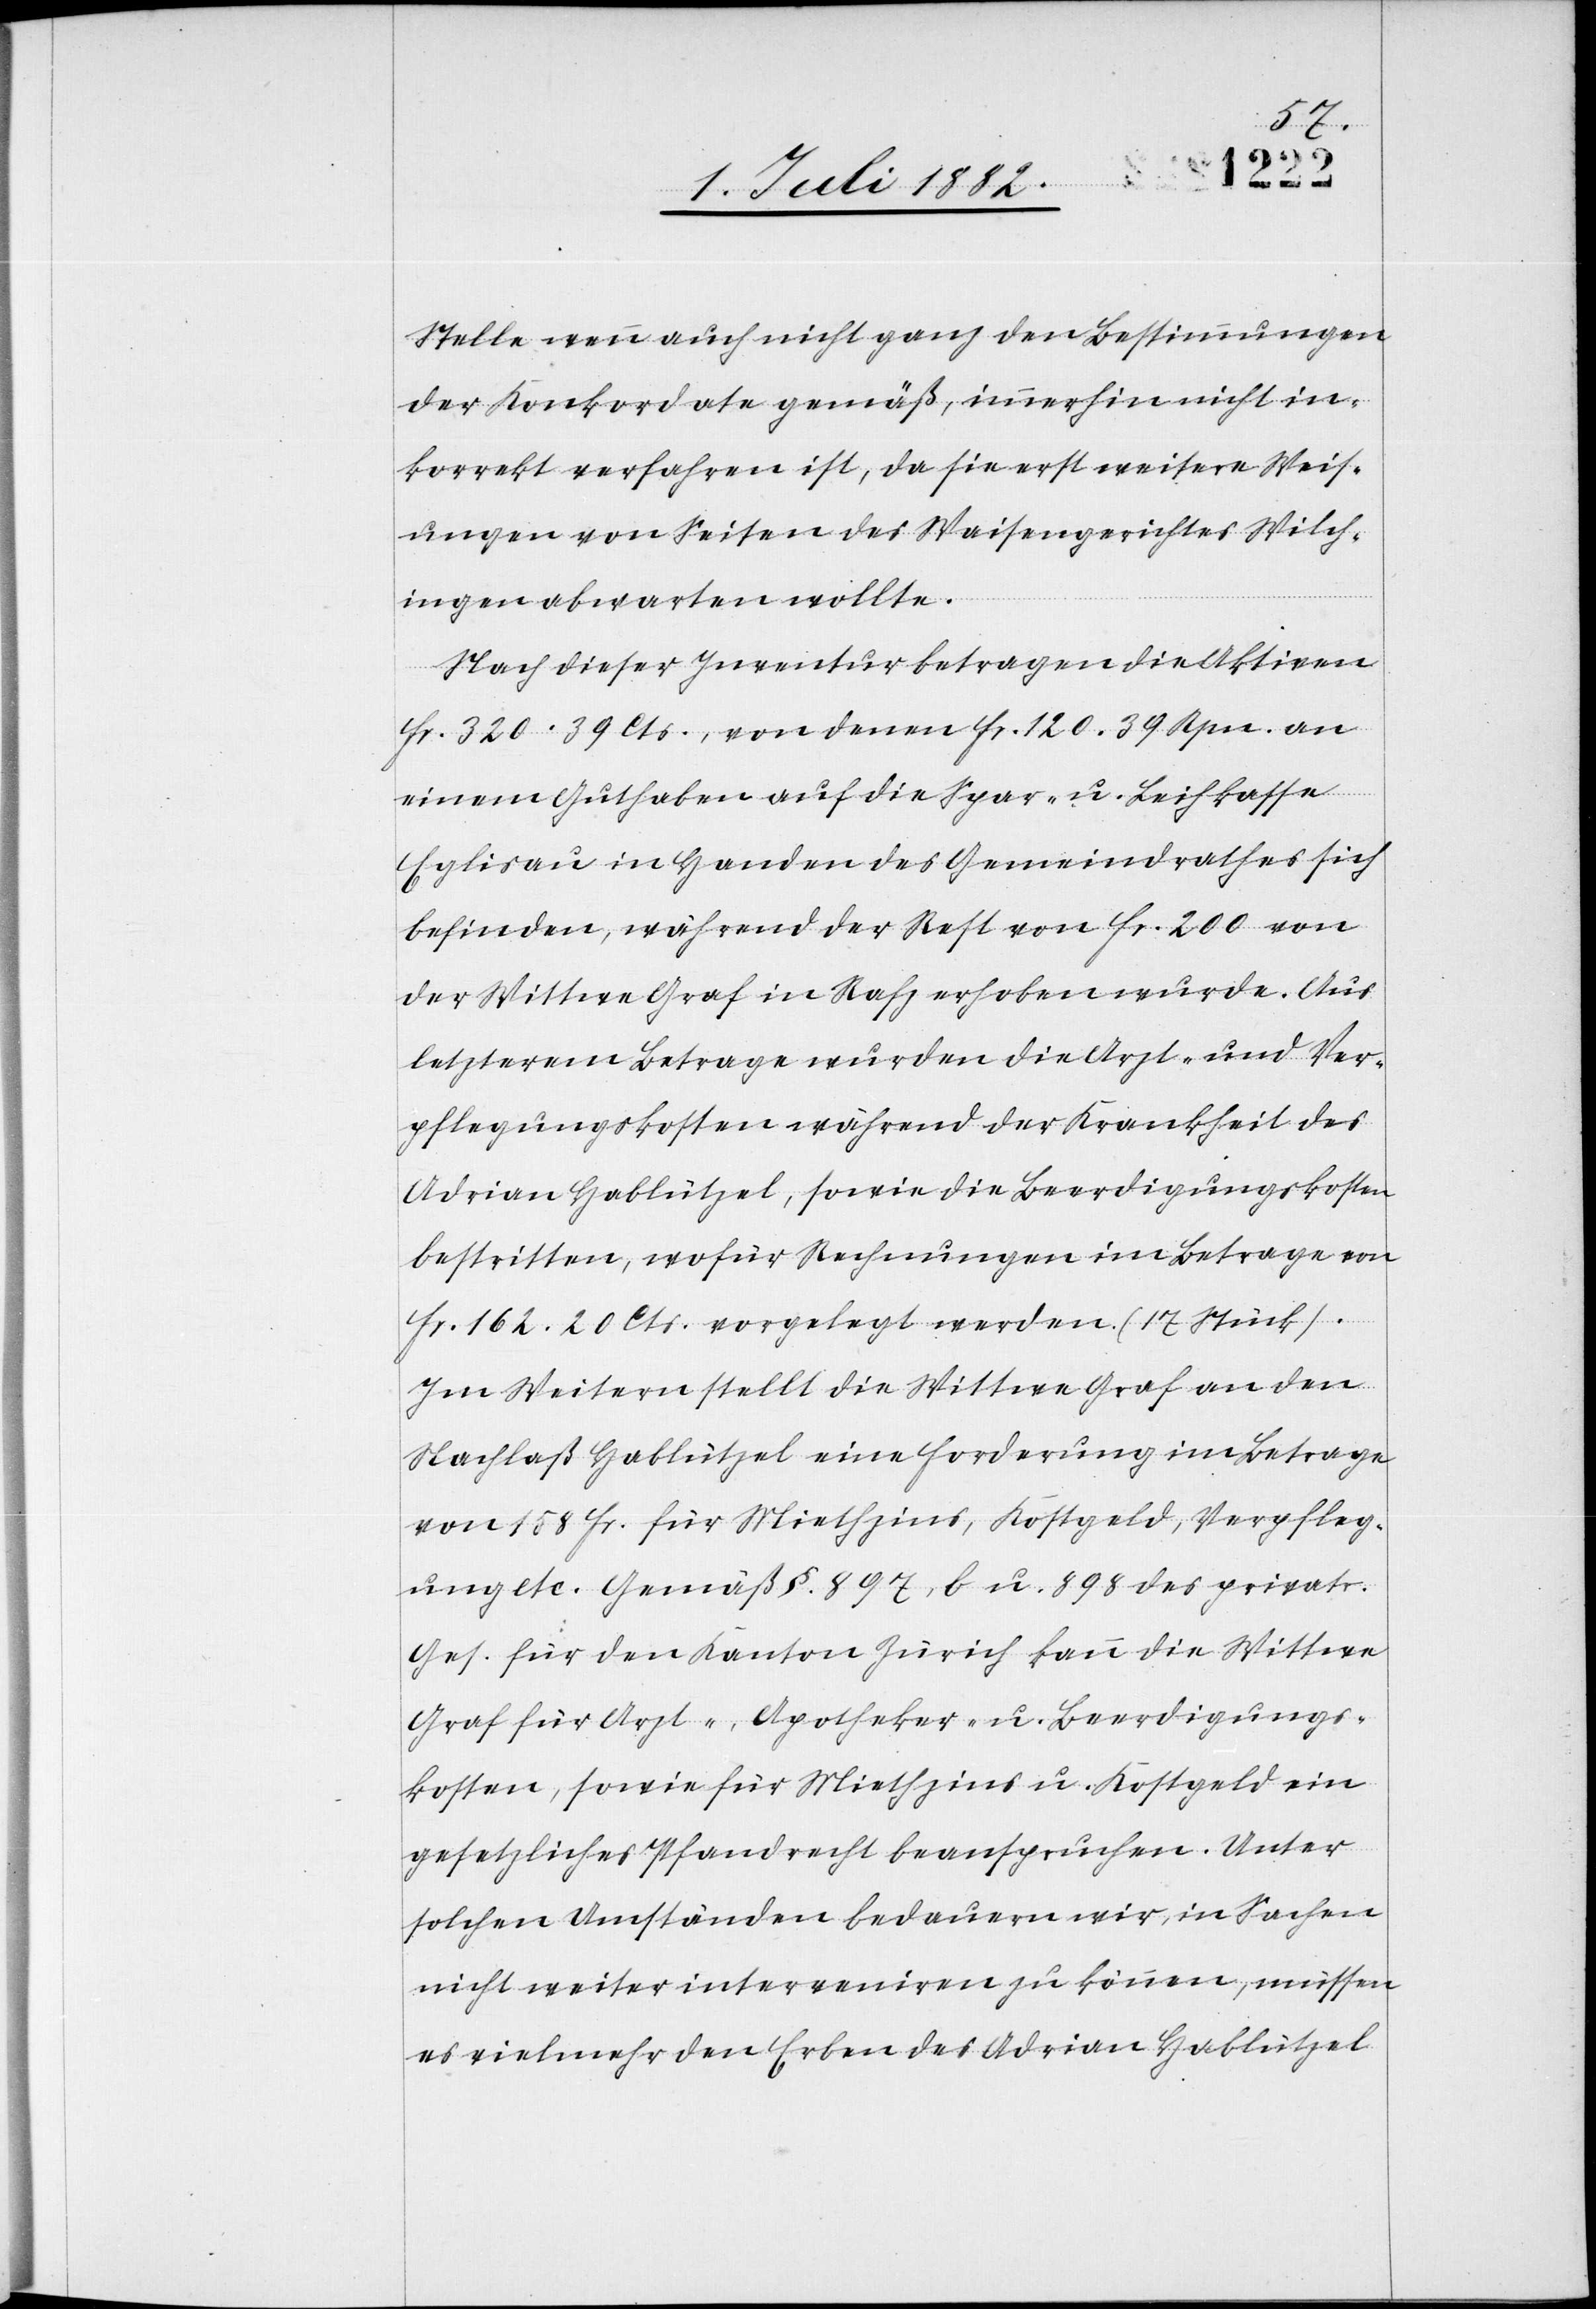
Stelle wenn auch nicht ganz den Bestimmungen
der Konkordate gemäß, immerhin nicht in¬
korrekt verfahren ist, da sie erst weitere Weis¬
ungen von Seiten des Waisengerichtes Wilch¬
ingen abwarten wollte.
Nach dieser Inventur betragen die Aktiven
Fr. 320. 39 Cts., von denen Fr. 120. 39 Rpn. an
einen Guthaben auf die Spar- u. Leihkasse
Eglisau in Handen des Gemeindrathes sich
befinden, während der Rest von Fr. 200 von
der Wittwe Graf in Rafz erhoben wurde. Aus
letzterem Betrage wurden die Arzt- und Ver¬
pflegungskosten während der Krankheit des
Adrian Hablützel, sowie die Beerdigungskosten
bestritten, wofür Rechnungen im Betrage von
Fr. 162. 20 Cts. vorgelegt werden. (17 Stück).
Im Weitern stellt die Wittwe Graf an den
Nachlaß Hablützel eine Forderung im Betrage
von 158 Fr. für Miethzins, Kostgeld, Verpfleg¬
ung etc. Gemäß §. 897, b. u. 898 des privatr.
Ges. für den Kanton Zürich kann die Wittwe
Graf für Arzt-, Apotheker- u. Beerdigungs¬
kosten, sowie für Miethzins u. Kostgeld ein
gesetzliches Pfandrecht beanspruchen. Unter
solchen Umständen bedauern wir, in Sachen
nicht weiter interveniren zu können, müssen
es vielmehr den Erben des Adrian Hablützel